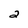
Character: 2